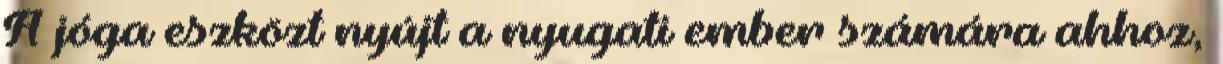
A jóga eszközt nyújt a nyugati ember számára ahhoz,